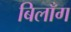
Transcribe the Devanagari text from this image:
बिलाँग